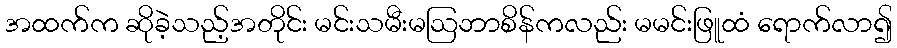
အထက်က ဆိုခဲ့သည့်အတိုင်း မင်းသမီးမဩဘာစိန်ကလည်း မမင်းဖြူထံ ရောက်လာ၍